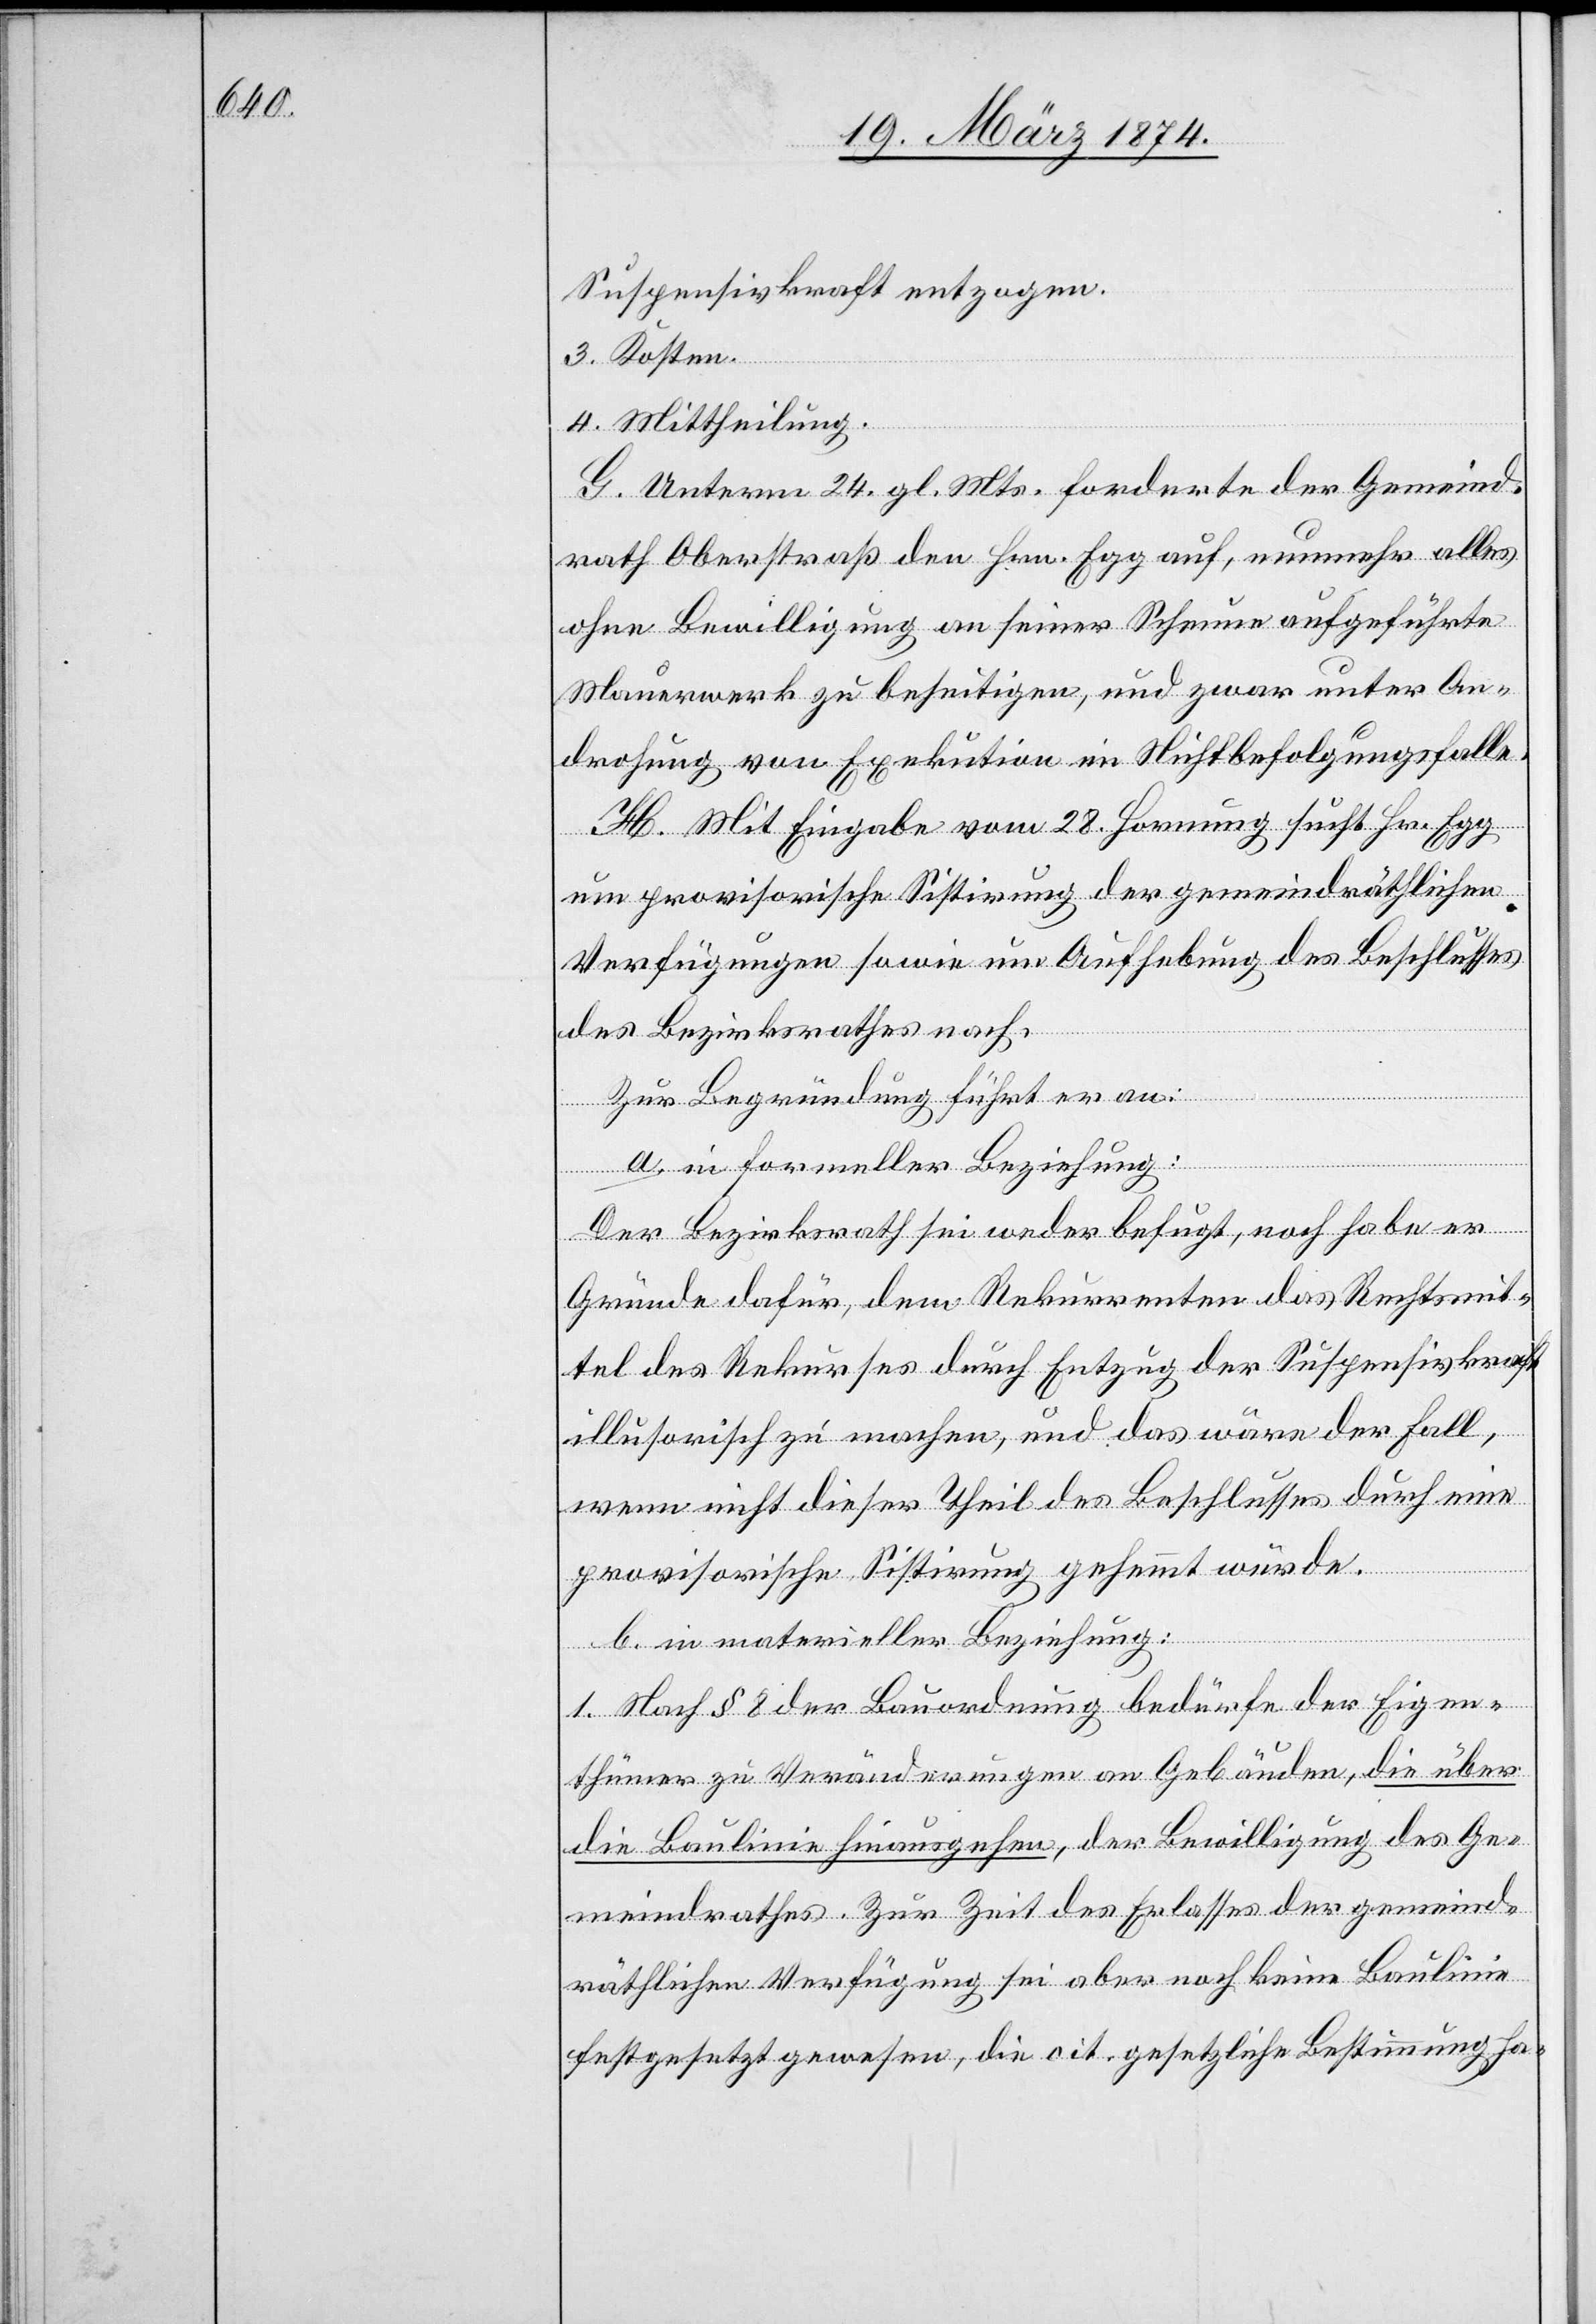
Suspensivkraft entzogen.
3. Kosten.
4. Mittheilung.
G. Unterm 24. gl. Mts. forderte der Gemeind¬
rath Oberstraß den Hrn. Egg auf, nunmehr alles
ohne Bewilligung an seiner Scheune aufgeführte
Mauerwerk zu beseitigen, und zwar unter An¬
drohung von Exekution im Nichtbefolgungsfalle.
H. Mit Eingabe vom 28. Hornung sucht Hr. Egg
um provisorische Sistirung der gemeindräthlichen
Verfügungen sowie um Aufhebung des Beschlusses
des Bezirksrathes nach.
Zur Begründung führt er an:
a. in formeller Beziehung:
Der Bezirksrath sei weder befugt, noch habe er
Gründe dafür, dem Rekurrenten das Rechtsmit¬
tel des Rekurses durch Entzug der Suspensivkraft
illusorisch zu machen, und das wäre der Fall,
wenn nicht dieser Theil des Beschlusses durch eine
provisorische Sistirung gehemmt würde.
b. in materieller Beziehung:
1. Nach § 8 der Bauordnung bedürfe der Eigen¬
thümer zu Veränderungen an Gebäuden, die über
die Baulinie hinausgehen, der Bewilligung des Ge¬
meindrathes. Zur Zeit des Erlasses der gemeind¬
räthlichen Verfügung sei aber noch keine Baulinie
festgesetzt gewesen, die cit. gesetzliche Bestimmung ha-